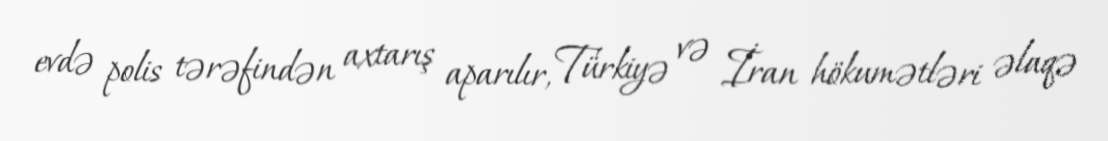
evdə polis tərəfindən axtarış aparılır, Türkiyə və İran hökumətləri əlaqə